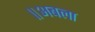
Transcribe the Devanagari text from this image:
॥अबला